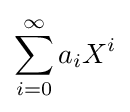
\sum _{i=0}^{\infty }a_{i}X^{i}